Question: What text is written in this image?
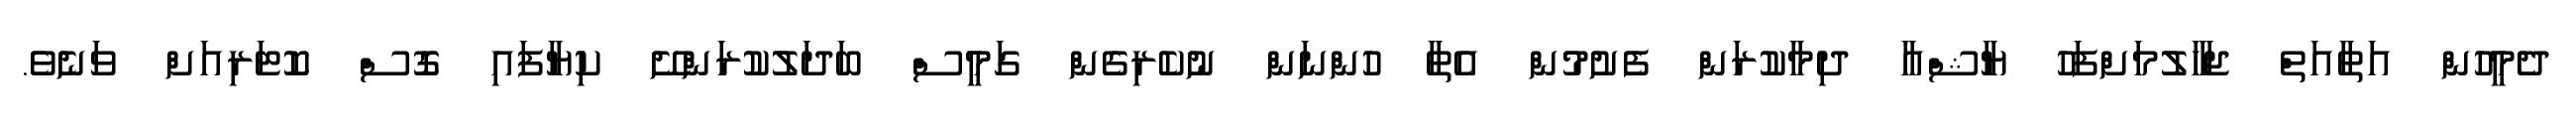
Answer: ދެމީހުން އަތާއަތް ޖަހާލުމަށްފަހު ޔާޝްއާ ދިމާކުރަން ފެށުމުން އެތާ ހުންނަން ނުކެރިގެން ގަމީސް ބަދަލުކުރަންށޭ ކިޔާފައި ގޮސް ކޮޓަރިއަށް ވަނެވެ.